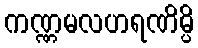
ကဏ္ဏမလဟရဏိမ္ပိ